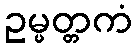
ဥမ္မတ္တကံ